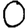
Digit: 0